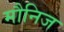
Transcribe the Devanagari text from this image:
मौनिज